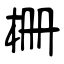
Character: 栅